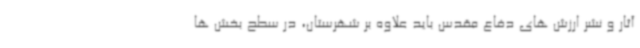
آثار و نشر ارزش های دفاع مقدس باید علاوه بر شهرستان، در سطح بخش ها